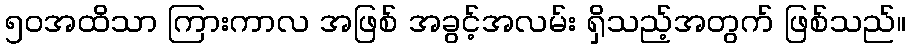
၅၀အထိသာ ကြားကာလ အဖြစ် အခွင့်အလမ်း ရှိသည့်အတွက် ဖြစ်သည်။